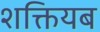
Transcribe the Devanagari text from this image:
शक्तियब